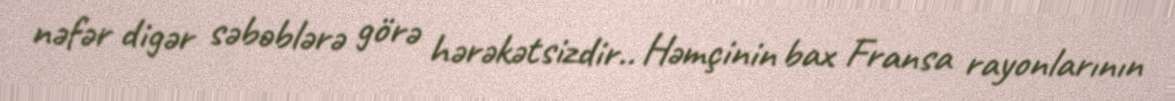
nəfər digər səbəblərə görə hərəkətsizdir.. Həmçinin bax Fransa rayonlarının